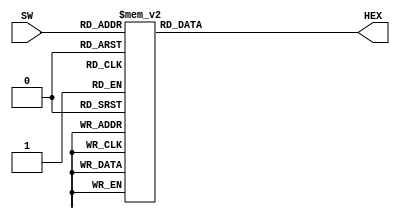
//     .      2- .

module decoder_to_display (SW, HEX);

	input [3:0] SW;
	output reg [6:0] HEX;
	
	always @(SW) begin
	
		case(SW[3:0])	
		
				4'b0000: HEX = 7'b1000_000;
				4'b0001:	HEX = 7'b1111_001;
				4'b0010:	HEX = 7'b0100_100;
				4'b0011:	HEX = 7'b0110_000;
				4'b0100:	HEX = 7'b0011_001;
				4'b0101:	HEX = 7'b0010_010;
				4'b0110: HEX = 7'b0000_010;
				4'b0111:	HEX = 7'b1111_000;
				4'b1000:	HEX = 7'b0000_000;
				4'b1001:	HEX = 7'b0010_000;
				
				4'b1110:	HEX = 7'b0000_110; //E
				4'b1111:	HEX = 7'b0101_111; //r
					
				default: HEX = 7'b1111_111;
				
			endcase
	
	end
	
endmodule